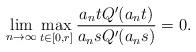
LaTeX: \begin{align*}\lim_{n\rightarrow \infty} \max_{t\in [0, r]} \frac{a_ntQ'(a_nt)}{a_nsQ'(a_ns)}=0.\end{align*}